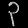
Digit: ၃